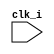
module prod
 (
   input clk_i
 );  
  wire [31:0] hart_id_i;
  wire [31:0] boot_addr_i;
  wire scramble_key_valid_i;
	wire [127:0] scramble_key_i;
	wire [63:0] scramble_nonce_i;
	
  wire scramble_req_oLeft;
  wire scramble_req_oRight;

  wire debug_req_i;
  	
  wire [159:0] crash_dump_oLeft;
  wire [159:0] crash_dump_oRight;

	wire double_fault_seen_oLeft;
  wire double_fault_seen_oRight;
	
  wire alert_minor_oLeft;
  wire alert_minor_oRight;

	wire alert_major_internal_oLeft;
  wire alert_major_internal_oRight;

	wire alert_major_bus_oLeft;
  wire alert_major_bus_oRight;

	wire core_sleep_oLeft;
  wire core_sleep_oRight;





//**Wire declarations**//
//**Init register**//
//**Stuttering Signal**//
//**Self-composed modules**//
//**Initial state**//
//**State invariants**//
//**Verification conditions**//
 endmodule